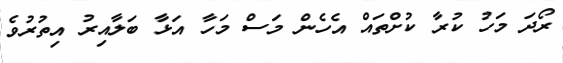
ރޯދަ މަހު ކުރާ ކުށްތައް އެހެން މަސް މަހާ އަޅާ ބަލާއިރު އިތުރުވެ